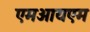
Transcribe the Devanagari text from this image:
एमआयएम